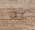
كل